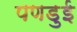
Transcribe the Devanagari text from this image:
पणडुई